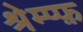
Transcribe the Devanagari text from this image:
श्रेम्प्फ़